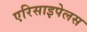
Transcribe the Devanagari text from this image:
एरिसाइपेलस